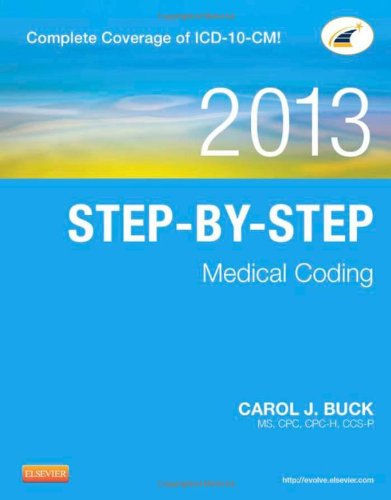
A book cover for Step-by-Step Medical Coding, 2013 Edition, 1e; Carol J. Buck MS  CPC  CCS-P; Business & Money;